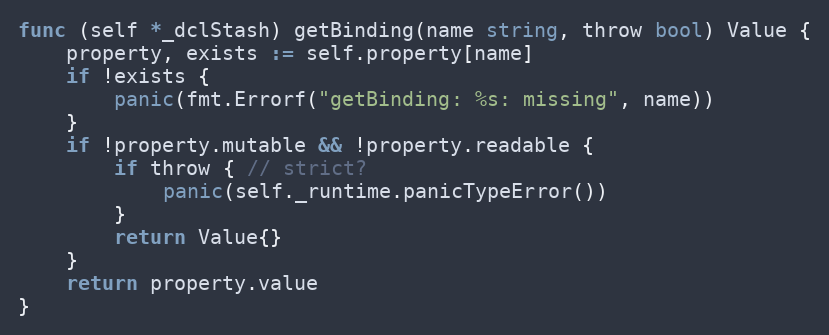
Language: Go
func (self *_dclStash) getBinding(name string, throw bool) Value {
	property, exists := self.property[name]
	if !exists {
		panic(fmt.Errorf("getBinding: %s: missing", name))
	}
	if !property.mutable && !property.readable {
		if throw { // strict?
			panic(self._runtime.panicTypeError())
		}
		return Value{}
	}
	return property.value
}